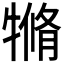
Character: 𤛛